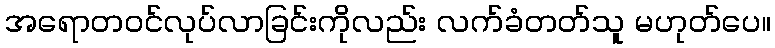
အရောတဝင်လုပ်လာခြင်းကိုလည်း လက်ခံတတ်သူ မဟုတ်ပေ။